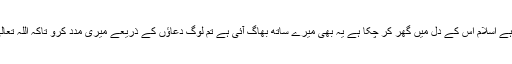
یہ میرے ساتھ وزیر کی بیٹی ہے اسلام اس کے دل میں گھر کر چکا ہے یہ بھی میرے ساتھ بھاگ آئی ہے تم لوگ دعاؤں کے ذریعے میری مدد کرو تاکہ اللہ تعالٰی مجھے طرسوس پہنچا دے ۔